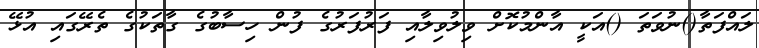
ލައްފަތާ()ނުވަތަ ()އަކީ އާންމުކޮށް ވިލުވިލާއި ފަރުފަރުގެ ފުން ހިސާބުގެ ގާތަކުގެ ތެރޭގައި އުޅޭ